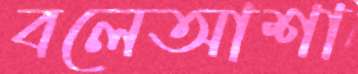
বলেআশা